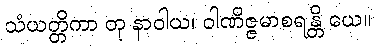
သံယတ္တိကာ တု နာဝါယ၊ ဝါဏိဇ္ဇမာစရန္တိ ယေ။